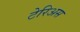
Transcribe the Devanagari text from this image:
टेरिअस